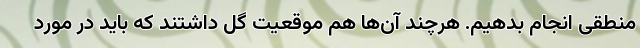
منطقی انجام بدهیم. هرچند آن‌ها هم موقعیت گل داشتند که باید در مورد